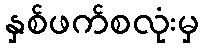
နှစ်ဖက်စလုံးမှ